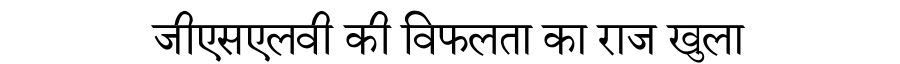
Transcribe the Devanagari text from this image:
जीएसएलवी की विफलता का राज खुला